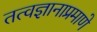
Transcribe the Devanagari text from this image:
तत्वज्ञानाप्रमाणे